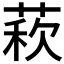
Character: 𦳫